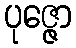
ပုဇ္ဇော